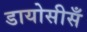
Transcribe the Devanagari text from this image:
डायोसीसँ